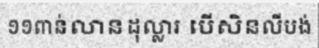
១១ពាន់លានដុល្លារ បើសិនលីបង់